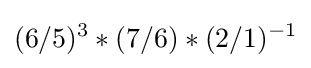
(6/5)^{3}*(7/6)*(2/1)^{-1}